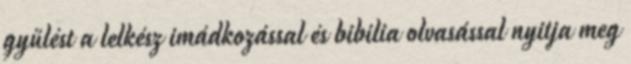
gyűlést a lelkész imádkozással és bibilia olvasással nyitja meg